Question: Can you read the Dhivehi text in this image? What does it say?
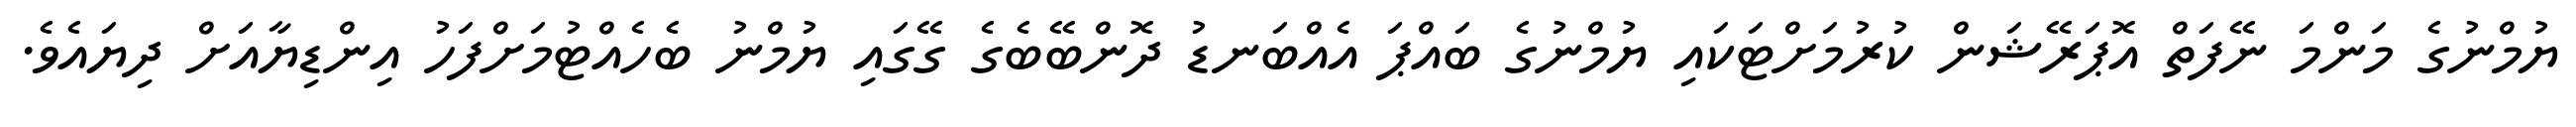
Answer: ޔުމްނުގެ މަންމަ ނޭފަތް އޮޕަރޭޝަން ކުރުމަށްޓަކައި ޔުމްނުގެ ބައްޕަ އެއްބަނޑު ދޮންބޭބެގެ ގޭގައި ޔުމްނު ބެހެއްޓުމަށްފަހު އިންޑިޔާއަށް ދިޔައެވެ.